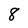
Character: 8